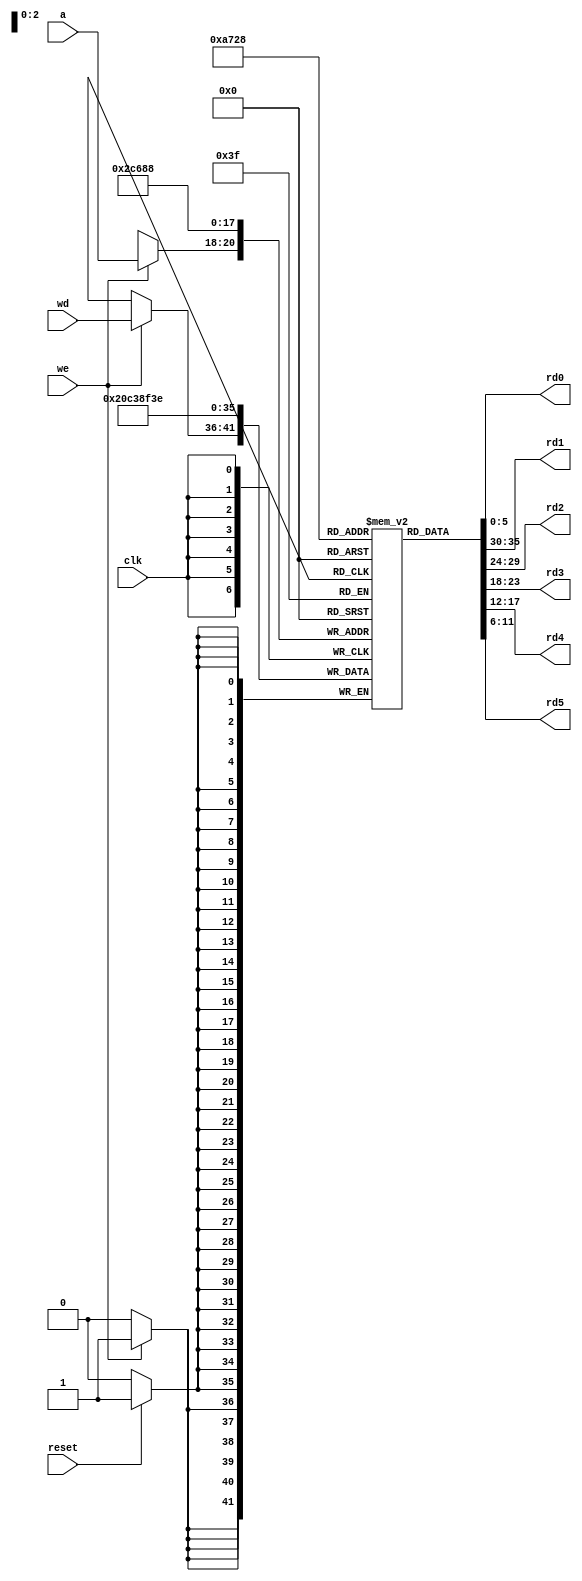
module allocationstatusregister(
input  clk, we,reset,
            input  [2:0] a, 
			input [5:0] wd,
            output [5:0] rd0,rd1,rd2,rd3,rd4,rd5);

  reg  [5:0] register[5:0];

  assign rd0 = register[0]; // word aligned
assign rd1 = register[1];
assign rd2 = register[2];
assign rd3 = register[3];
assign rd4 = register[4];
assign rd5 = register[5];
  always @(posedge clk)
  begin
  if(reset)
  begin 
  register[0]<=6'b111110; //space free for request of 2 only
  register[1]<=6'b111100; //space free for request of 2 and 4
  register[2]<=6'b111000; //space free for request of 2 , 4 and 8
  register[3]<=6'b110000; //space free for request of 2 , 4, 8 and 16
  register[4]<=6'b100000; //space free for request of 2 , 4, 8, 16 and 32
  register[5]<=6'b000000; //space free for request of 2 , 4, 8, 16, 32 and 64
  end
    if (we)
      register[a] <= wd;
	  end
endmodule